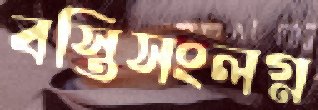
বস্তিসংলগ্ন